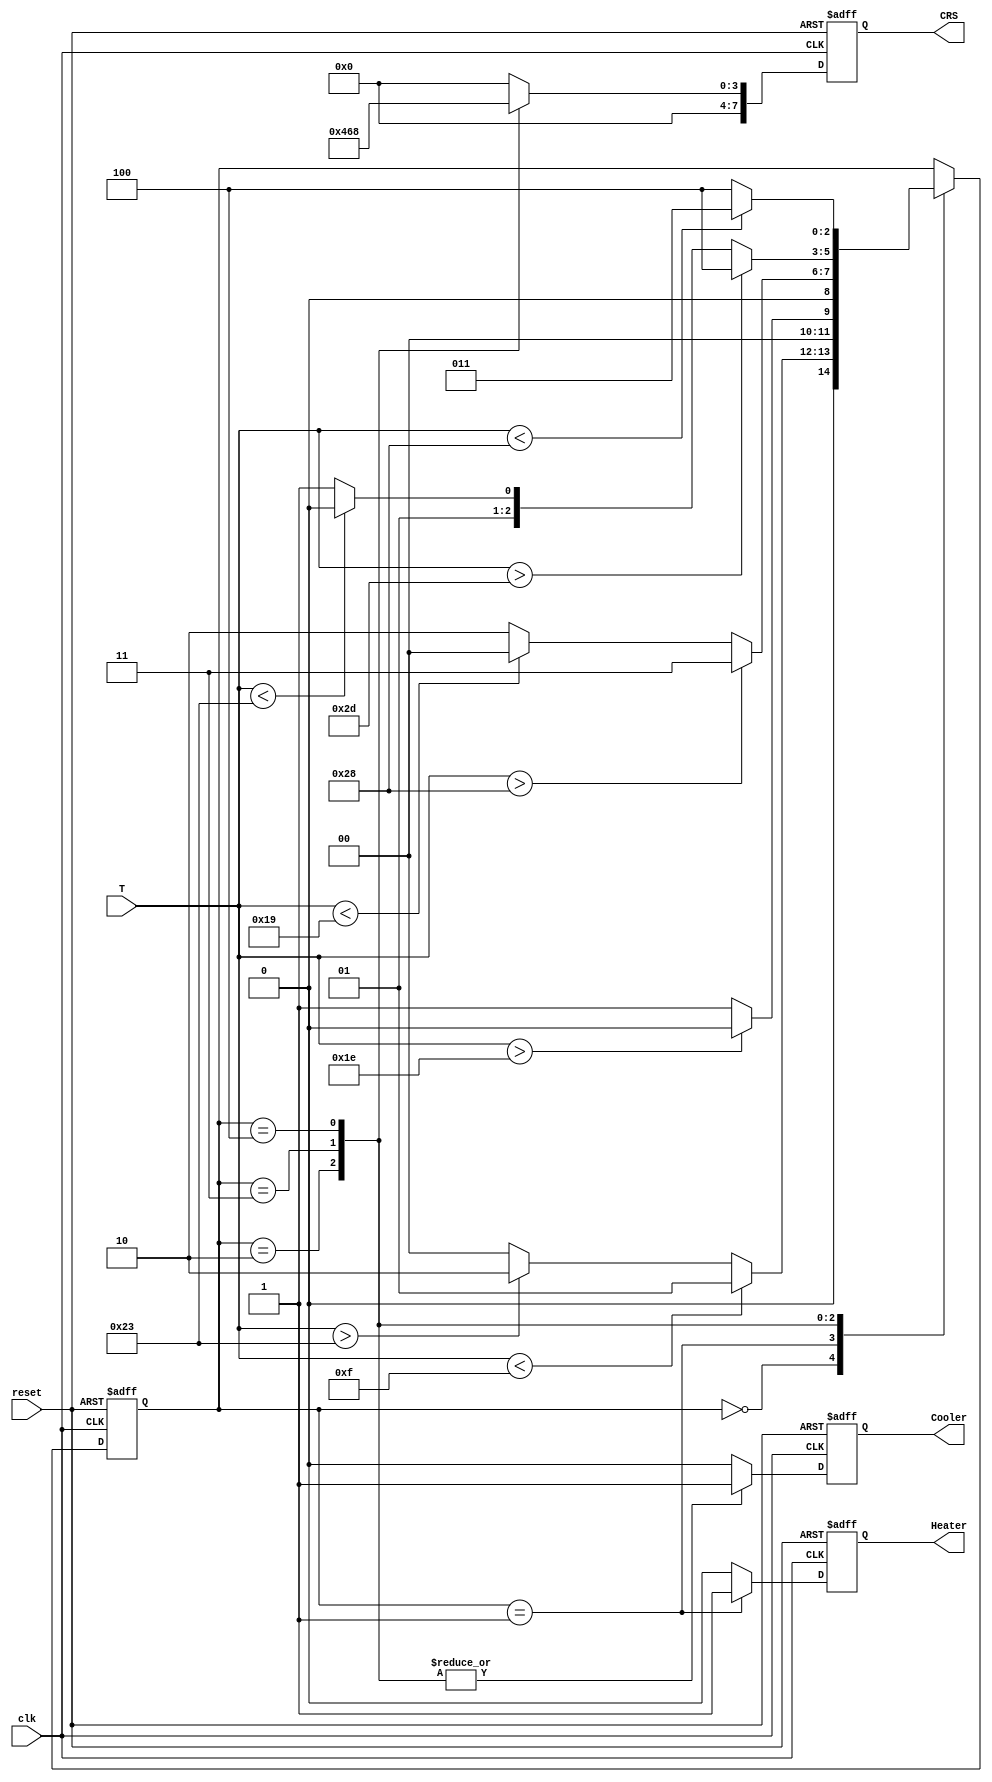
`timescale 1ns / 1ps
//////////////////////////////////////////////////////////////////////////////////
// Company: 
// Engineer: 
// 
// Design Name: 
// Module Name: incubator
// Project Name: 
// Target Devices: 
// Tool Versions: 
// Description: 
// 
// Dependencies: 
// 
// Revision:
// Revision 0.01 - File Created
// Additional Comments:
// 
//////////////////////////////////////////////////////////////////////////////////


module incubator(
    input wire [7:0] T,
    input wire clk,
    input wire reset,
    output reg Cooler,
    output reg Heater,
    output reg [7:0] CRS
    );
    
    parameter S1 = 3'b000,
              S2 = 3'b001,
              S3 = 3'b010,
              S4 = 3'b011,
              S5 = 3'b100;
    
    reg [2:0] current_state, next_state;
    reg temp_Cooler, temp_Heater;
    reg [7:0] temp_CRS;
    //
    always @(posedge clk or negedge reset)
        begin
            if (!reset)
                current_state <= S1;
            else
                current_state <= next_state;
        end
    //
    
    always @(T or current_state)
        begin
            next_state = current_state;
            case (current_state)
                S1:
                    begin
                        if (T < 15)
                            next_state = S2;
                        else if (T > 35)
                            next_state = S3;
                        else
                            next_state = S1;
                     end
                S2:
                    begin
                        if (T > 30)
                            next_state = S1;
                        else
                            next_state = S2;
                    end
                S3:
                    begin
                        if (T > 40)
                            next_state = S4;
                        else if (T < 25)
                            next_state = S1;
                        else
                            next_state = S3;
                    end
                S4:
                    begin
                        if (T > 45)
                            next_state = S5;
                        else if(T < 35)
                            next_state = S3;
                        else
                            next_state = S4;
                    end
                S5:
                    begin
                        if (T < 40)
                            next_state = S4;
                        else
                            next_state = S5;
                    end
                endcase
     end
     
     always @(T or current_state)
        begin
            temp_Cooler = 0;
            temp_Heater = 0;
            temp_CRS = 0;
            case (current_state)
                S1:
                    begin
                        temp_Heater = 0;
                        temp_Cooler = 0;
                        temp_CRS = 0;
                    end
                S2:
                    begin
                        temp_Heater = 1;
                        temp_Cooler = 0;
                        temp_CRS = 0;
                    end
                S3:
                    begin
                        temp_Heater = 0;
                        temp_Cooler = 1;
                        temp_CRS = 4;
                    end
                S4:
                    begin
                        temp_Heater = 0;
                        temp_Cooler = 1;
                        temp_CRS = 6;
                    end
                S5:
                    begin
                        temp_Heater = 0;
                        temp_Cooler = 1;
                        temp_CRS = 8;
                    end
            endcase
      end
      
always @(posedge clk or negedge reset)
    begin
        if (!reset)
          begin
            Cooler <= 0;
            Heater <= 0;
            CRS <= 0;
          end
        else 
            begin
            Cooler <= temp_Cooler;
            Heater <= temp_Heater;
            CRS <= temp_CRS;
            end
    end
           
                            
endmodule